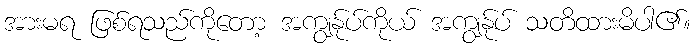
အားမရ ဖြစ်ရသည်ကိုတော့ အကျွန်ုပ်ကိုယ် အကျွန်ုပ် သတိထားမိပါ၏။